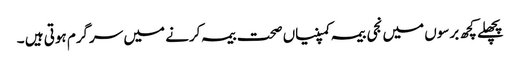
پچھلے کچھ برسوں میں نجی بیمہ کمپنیاں صحت بیمہ کرنے میں سرگرم ہوتی ہیں ۔